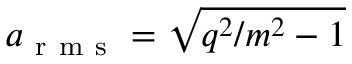
a _ { \mathrm { ~ r ~ m ~ s ~ } } = \sqrt { q ^ { 2 } / m ^ { 2 } - 1 }